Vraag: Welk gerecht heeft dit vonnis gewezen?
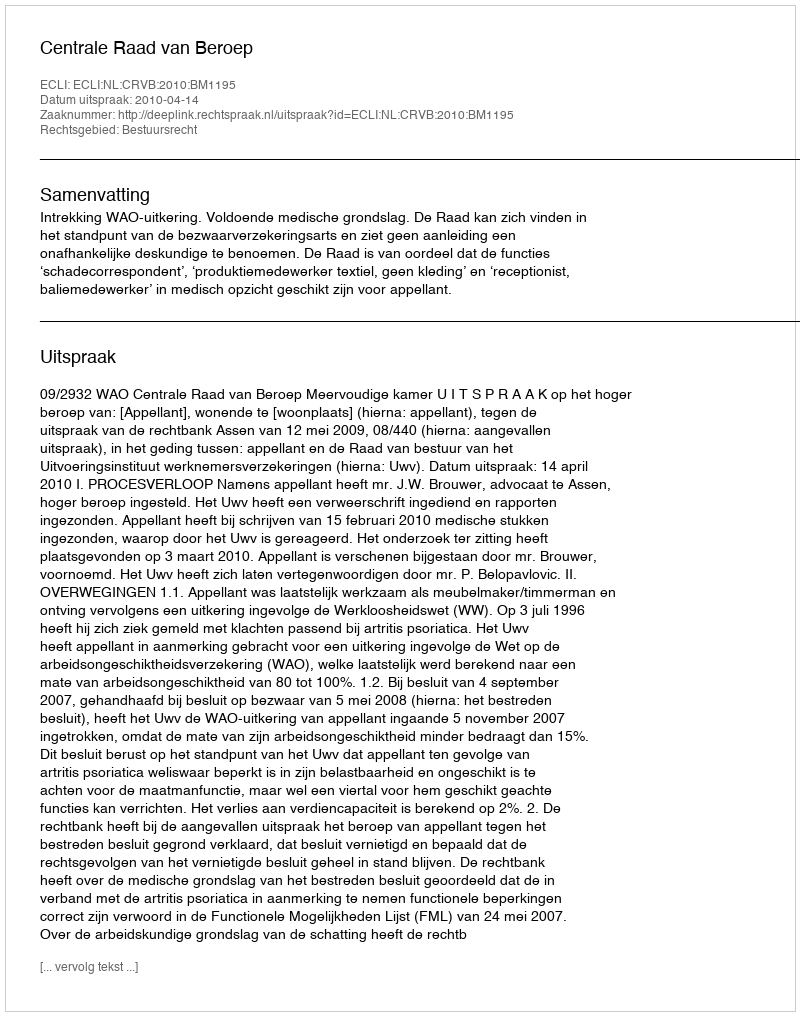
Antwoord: Centrale Raad van Beroep